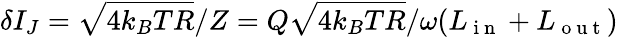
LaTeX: \delta I_{J}=\sqrt{4k_{B}TR}/Z=Q\sqrt{4k_{B}TR}/\omega(L_{\mathrm{~i~n~}}+L_{\mathrm{~o~u~t~}})